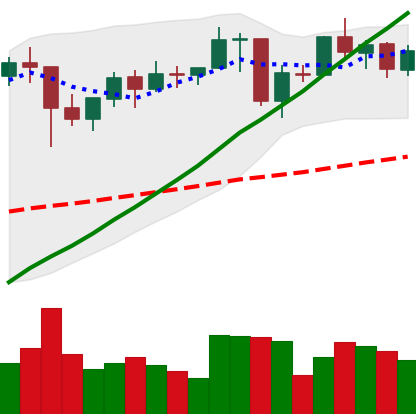
Ticker: ETH-USD
Chart end date: 2021-01-28
Forward return: 13.711%
Label: up_7plus